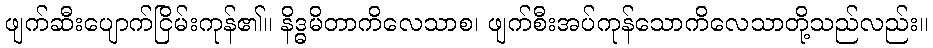
ဖျက်ဆီးပျောက်ငြိမ်းကုန်၏။ နိဒ္ဓမိတာကိလေသာစ၊ ဖျက်စီးအပ်ကုန်သောကိလေသာတို့သည်လည်း။